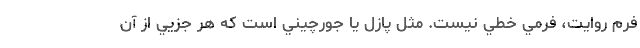
فرم روايت، فرمي خطي نيست. مثل پازل يا جورچيني است كه هر جزيي از آن